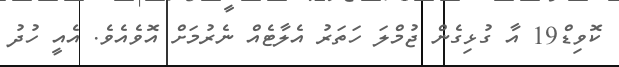
ކޮވިޑް19 އާ ގުޅިގެން ޖުމްލަ ހަތަރު އެލާޓެއް ނެރުމަށް އޮވެއެވެ. އެއީ ހުދު